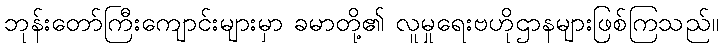
ဘုန်းတော်ကြီးကျောင်းများမှာ ခမာတို့၏ လူမှုရေးဗဟိုဌာနများဖြစ်ကြသည်။